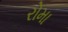
રોમા